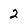
Character: 2